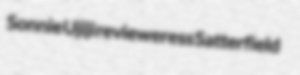
Sonnie Ujiji revieweress Satterfield